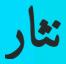
نثار